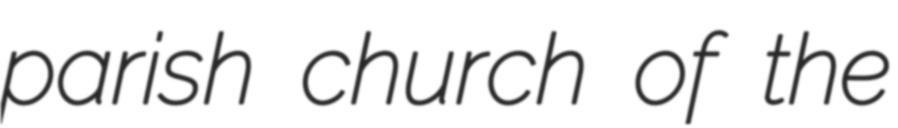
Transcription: parish church of the